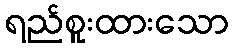
ရည်စူးထားသော